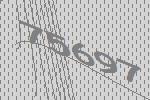
75697